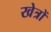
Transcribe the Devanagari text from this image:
खेत्रों